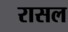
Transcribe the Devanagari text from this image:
रासल